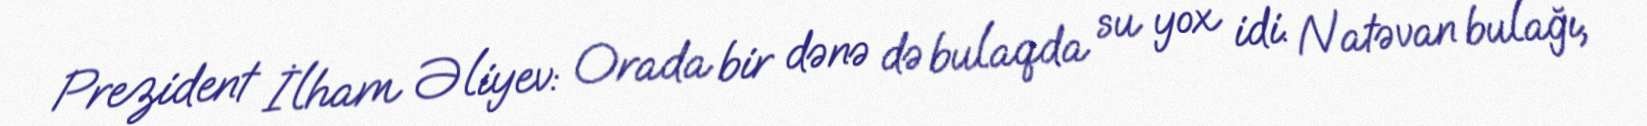
Prezident İlham Əliyev: Orada bir dənə də bulaqda su yox idi. Natəvan bulağı,